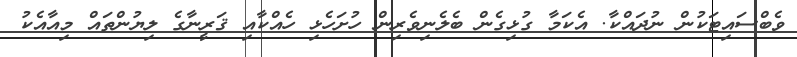
ވެބްސައިޓަކުން ނުދައްކާ. އެކަމާ ގުޅިގެން ބެލެނިވެރިން ހުށަހެޅި ހެއްކާއި ޤަރީނާގެ ލިޔުންތައް މިއާއެކު